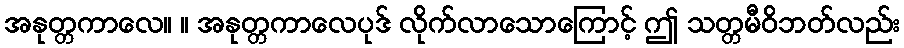
အနုတ္တကာလေ။ ။ အနုတ္တကာလေပုဒ် လိုက်လာသောကြောင့် ဤ သတ္တမီဝိဘတ်လည်း